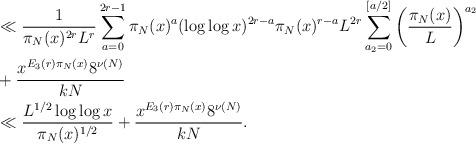
LaTeX: \begin{align*}&\ll \frac{1}{\pi_N(x)^{2r}L^r}\sum_{a = 0}^{2r - 1} \pi_N(x)^a (\log \log x)^{2r - a}\pi_N(x)^{r-a}L^{2r}\sum_{a_2 = 0}^{[a/2]}\left(\frac{\pi_N(x)}{L}\right)^{a_2}\\&+ \frac{x^{E_3(r) \pi_N(x)}8^{\nu(N)}}{k N}\\&\ll \frac{L^{1/2}\log \log x}{\pi_N(x)^{1/2}} + \frac{x^{E_3(r) \pi_N(x)}8^{\nu(N)}}{k N}.\end{align*}